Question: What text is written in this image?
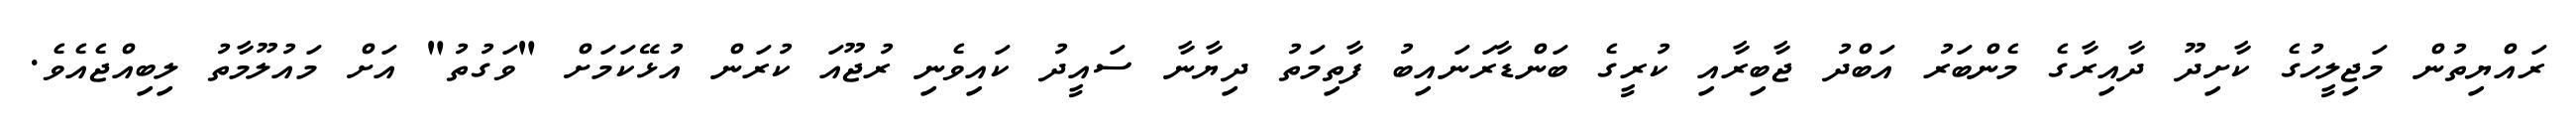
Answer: ރައްޔިތުން މަޖިލީހުގެ ކާށިދޫ ދާއިރާގެ މެންބަރު އަބްދު ޖާބިރާއި ކުރީގެ ބަންޑާރަނައިބު ފާތިމަތު ދިޔާނާ ސައީދު ކައިވެނި ރުޖޫއަ ކުރަން އުޅޭކަމަށް "ވަގުތު" އަށް މައުލޫމާތު ލިބިއްޖެއެވެ.